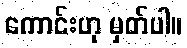
ကောင်းဟု မှတ်ပါ။